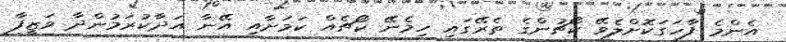
އެންމެ ފާހަގަކޮށްލެވޭ ކޯޗުންގެ ތެރޭގައި ހިމެނޭ ކޯޗެއް ކަމަށާއި އޭނާ އަދާކުރަމުންދާ ވަޒީފާ